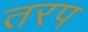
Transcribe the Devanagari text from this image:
तरप